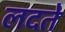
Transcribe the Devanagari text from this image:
लदते